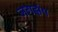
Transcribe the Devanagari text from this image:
जगझंप